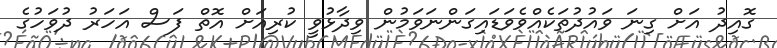
ގޮއިދު އަށް ގިނަ ވައުދުތަކެއްވެވަޑައިގަންނަވަމުން ވިދާޅުވީ ކުރިއަށް އޮތް ފަސް އަހަރު ދުވަހުގެ